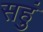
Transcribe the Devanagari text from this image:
सहुं